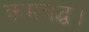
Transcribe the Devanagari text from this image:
क्रमबद्ध।